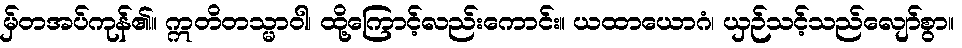
မှ်တအပ်ကုန်၏။ ဣတိတသ္မာဝါ၊ ထို့ကြောင့်လည်းကောင်း။ ယထာယောဂံ၊ ယှဉ်သင့်သည်လျော်စွာ။